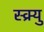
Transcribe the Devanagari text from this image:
स्क्र्यु